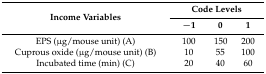
<table><thead><tr><td rowspan="2"><b>Income Variables</b></td><td colspan="3"><b>Code Levels</b></td></tr><tr><td><b>−1</b></td><td><b>0</b></td><td><b>1</b></td></tr></thead><tbody><tr><td>EPS (μg/mouse unit) (A)</td><td>100</td><td>150</td><td>200</td></tr><tr><td>Cuprous oxide (μg/mouse unit) (B)</td><td>10</td><td>55</td><td>100</td></tr><tr><td>Incubated time (min) (C)</td><td>20</td><td>40</td><td>60</td></tr></tbody></table>